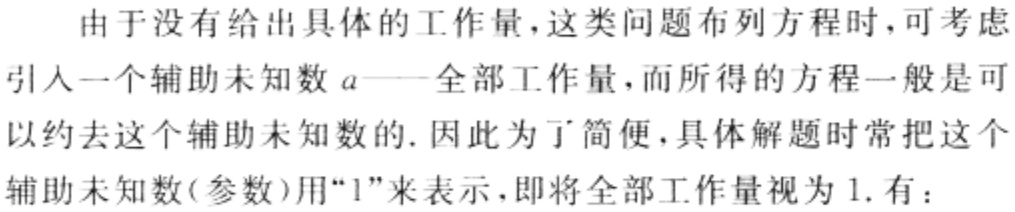
由于没有给出具体的工作量，这类问题布列方程时，可考虑
引入一个辅助未知数\(a\)——全部工作量，而所得的方程一般是可
以约去这个辅助未知数的. 因此为了简便，具体解题时常把这个
辅助未知数(参数)用“\(1\)”来表示，即将全部工作量视为\(1\). 有：